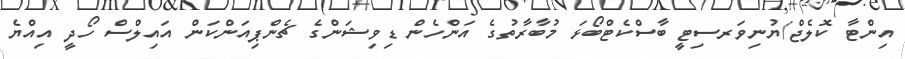
އިންޓާ ކޮލެޖް/ޔުނިވަރސިޓީ ބާސްކެޓްބޯޅަ މުބާރާތުގެ އަންހެން ޑިވިޝަންގެ ޗެންޕިއަންކަން އައިލްސް ހޯދީ އިއްޔެ